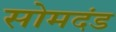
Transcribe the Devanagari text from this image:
सोमदंड